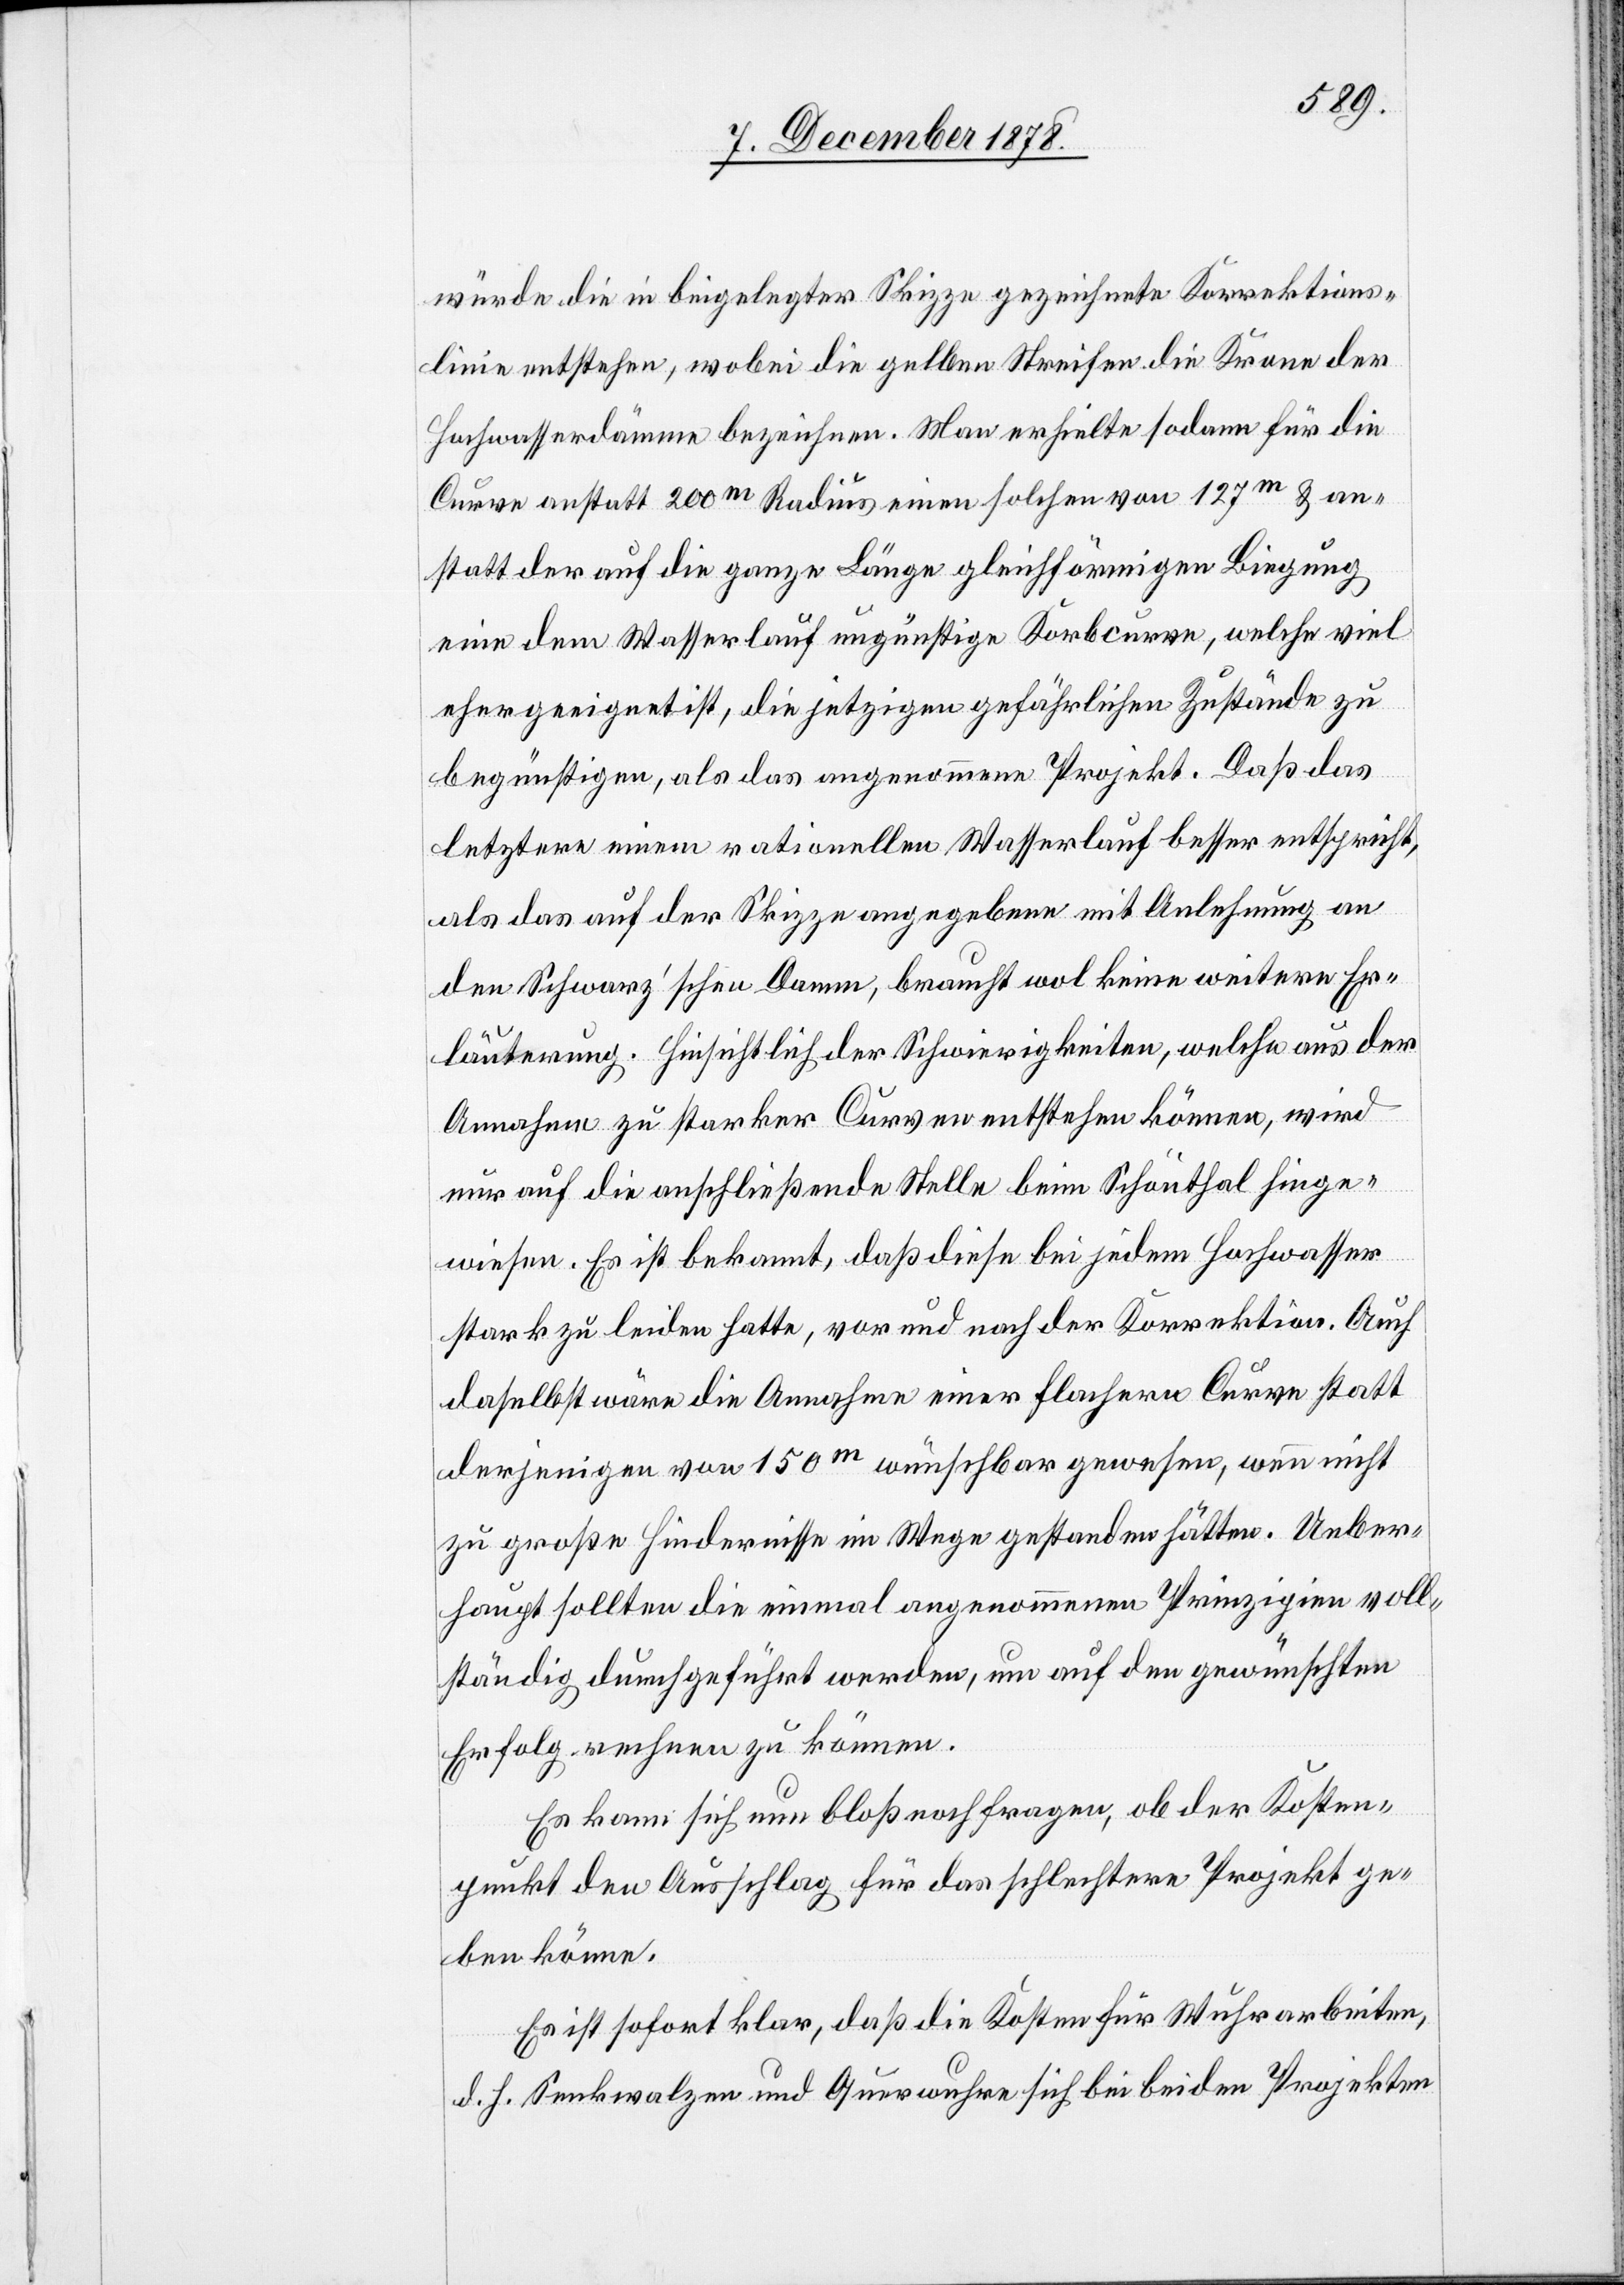
würde die in beigelegter Skizze gezeichnete Korrektions¬
linie entstehen, wobei die gelben Streifen die Krone der
Hochwasserdämme bezeichnen. Man erhielte sodann für die
Curve anstatt 200m Radius einen solchen von 127m & an¬
statt der auf die ganze Länge gleichförmigen Biegung
eine dem Wasserlauf ungünstige Korbcurve, welche viel
eher geeignet ist, die jetzigen gefährlichen Zustände zu
begünstigen, als das angenommene Projekt. Daß das
letztere einem rationellen Wasserlauf besser entspricht,
als das auf der Skizze angegebene mit Anlehnung an
den Schwarz’schen Damm, braucht wol keine weitere Er¬
läuterung. Hinsichtlich der Schwierigkeiten, welche aus der
Annahme zu starker Curven entstehen können, wird
nur auf die anschließende Stelle beim Schönthal hinge¬
wiesen. Es ist bekannt, daß diese bei jedem Hochwasser
stark zu leiden hatte, vor und nach der Korrektion. Auch
daselbst wäre die Annahme einer flachern Curve statt
derjenigen von 150m wünschbar gewesen, wenn nicht
zu große Hindernisse im Wege gestanden hätten. Ueber¬
haupt sollten die einmal angenommenen Prinzipien voll¬
ständig durchgeführt werden, um auf den gewünschten
Erfolg rechnen zu können.
Es kann sich nun bloß noch fragen, ob der Kosten¬
punkt den Ausschlag für das schlechtere Projekt ge¬
ben könne.
Es ist sofort klar, daß die Kosten für Wuhrarbeiten,
d. h. Senkwalzen und Querwuhre sich bei beiden Projekten